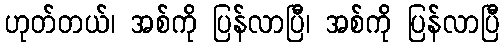
ဟုတ်တယ်၊ အစ်ကို ပြန်လာပြီ၊ အစ်ကို ပြန်လာပြီ